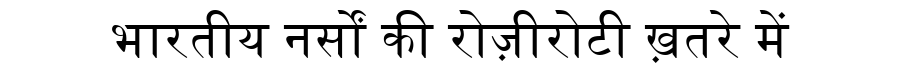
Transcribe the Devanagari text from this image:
भारतीय नर्सों की रोज़ीरोटी ख़तरे में